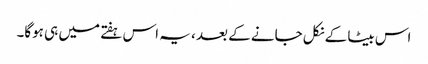
اس بیٹا کے نکل جانے کے بعد ، یہ اس ہفتے میں ہی ہوگا۔